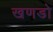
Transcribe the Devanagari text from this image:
खणडो